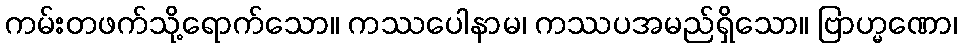
ကမ်းတဖက်သို့ရောက်သော။ ကဿပေါနာမ၊ ကဿပအမည်ရှိသော။ ဗြာဟ္မဏော၊